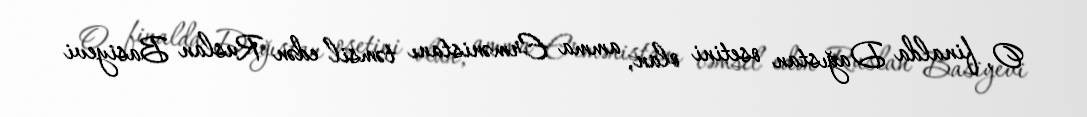
O, finalda Dağıstan osetini olan, amma Ermənistanı təmsil edən Ruslan Basiyevi